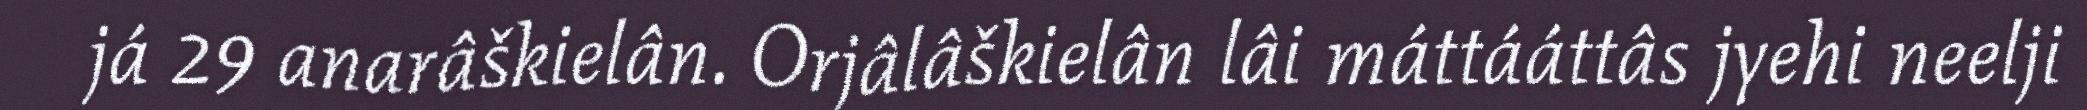
já 29 anarâškielân. Orjâlâškielân lâi máttááttâs jyehi neelji